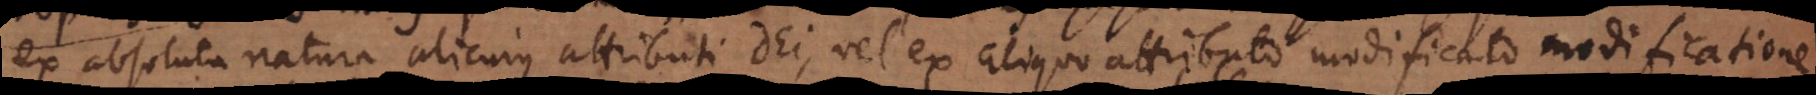
ex absoluta natura alicuius attributi Dei, vel ex aliquo attributo modificato modificatione,